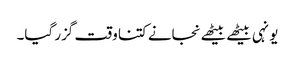
یونہی بیٹھے بیٹھے نجانے کتنا وقت گزر گیا۔